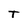
Character: T